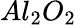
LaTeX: Al_{2}O_{2}